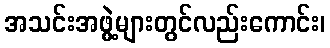
အသင်းအဖွဲ့များတွင်လည်းကောင်း၊